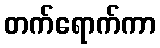
တက်ရောက်ကာ